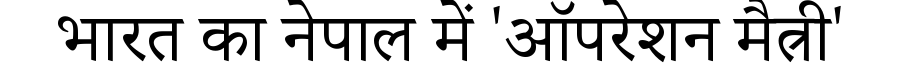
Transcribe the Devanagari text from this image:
भारत का नेपाल में 'ऑपरेशन मैत्री'